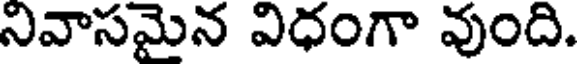
నివాసమైన విధంగా వుంది.